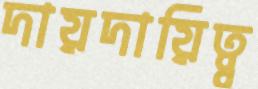
দায়দায়িত্ব্ব